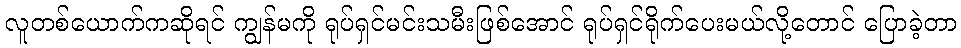
လူတစ်ယောက်ကဆိုရင် ကျွန်မကို ရုပ်ရှင်မင်းသမီးဖြစ်အောင် ရုပ်ရှင်ရိုက်ပေးမယ်လို့တောင် ပြောခဲ့တာ